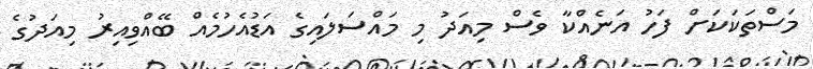
މަސްތަކަކަށް ފަހު އަނެއްކާ ވެސް މިއަދު މި މައްސަލައިގެ އަޑުއެހުމެއް ބޭއްވިއިރު މިއަދުގެ